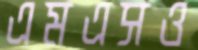
এমএসও